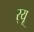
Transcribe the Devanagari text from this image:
र्‌यू